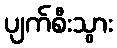
ပျက်စီးသွား